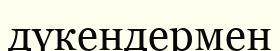
дүкендермен